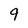
Character: 9